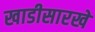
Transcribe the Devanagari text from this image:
खाडीसारखे